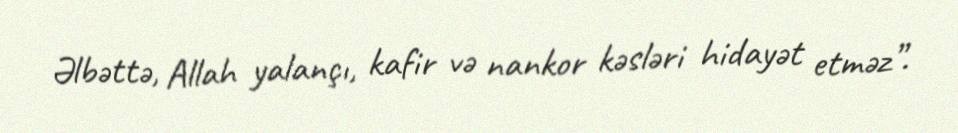
Əlbəttə, Allah yalançı, kafir və nankor kəsləri hidayət etməz”.